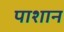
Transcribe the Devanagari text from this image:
पाशान